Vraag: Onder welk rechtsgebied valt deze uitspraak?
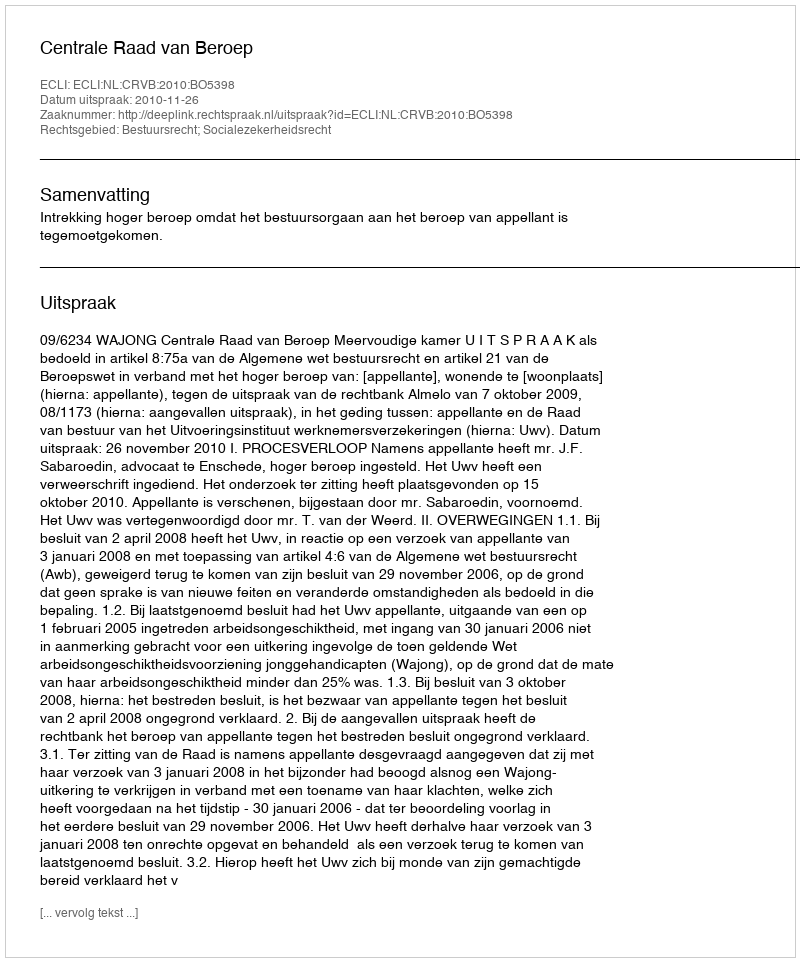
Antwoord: Bestuursrecht; Socialezekerheidsrecht